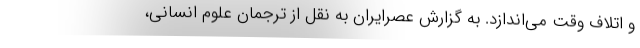
و اتلاف وقت می‌اندازد. به گزارش عصرایران به نقل از ترجمان علوم انسانی،